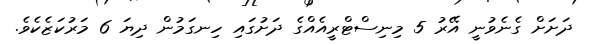
ދަށަށް ގެނެވުނީ އޭރު 5 މިނިސްޓްރީއެއްގެ ދަށުގައި ހިނގަމުން ދިޔަ 6 މަރުކަޒެކެވެ.